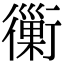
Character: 𧘀